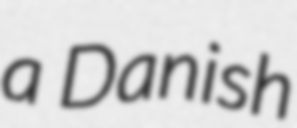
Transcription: a Danish